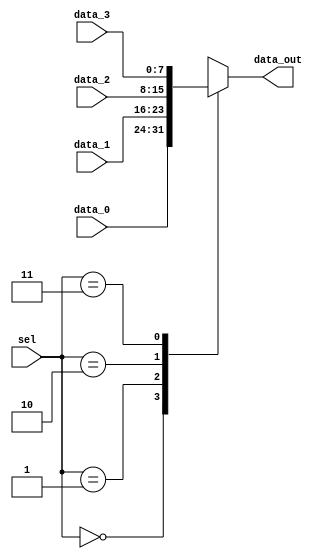
module muxC (
	input [MUX_BIT_WIDTH-1:0] data_0,
	input [MUX_BIT_WIDTH-1:0] data_1,
	input [MUX_BIT_WIDTH-1:0] data_2,
	input [MUX_BIT_WIDTH-1:0] data_3,
	input [1:0] sel,
	output reg [MUX_BIT_WIDTH-1:0] data_out
);

	
	parameter MUX_BIT_WIDTH = 8;
	

	// Case Statement for MUX Logic

	always @ (*)
	begin
		 case(sel)
			  0: data_out = data_0;
			  1: data_out = data_1;
			  2: data_out = data_2;
			  3: data_out = data_3;
		 endcase
	end

endmodule